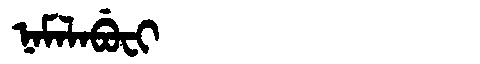
Manchu: ᠨᠠᠮᠠᠯᠠᠪᡠᠸᡳ
Romanization: NAMALABUFI